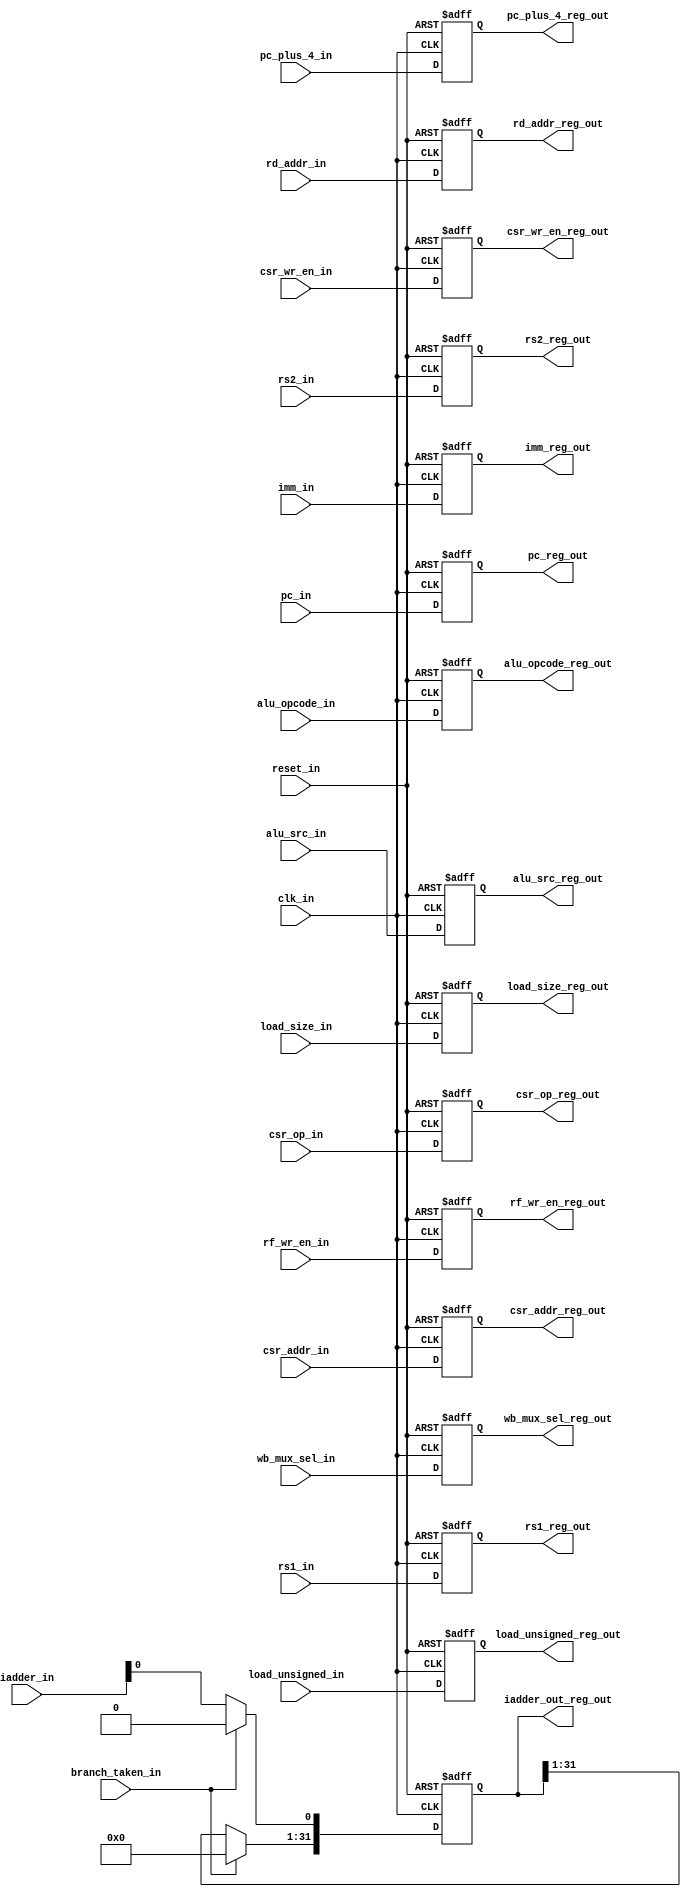

	module msrv32_reg_block2(input clk_in, reset_in, branch_taken_in, load_unsigned_in, alu_src_in, csr_wr_en_in, rf_wr_en_in,  
									 input [1:0] load_size_in,
									 input [2:0] wb_mux_sel_in, csr_op_in, 
									 input [3:0] alu_opcode_in,
									 input [4:0] rd_addr_in,
									 input [11:0] csr_addr_in,
									 input [31:0] rs1_in, rs2_in, pc_in, pc_plus_4_in, iadder_in, imm_in,
									 
									 output reg load_unsigned_reg_out, alu_src_reg_out, csr_wr_en_reg_out, rf_wr_en_reg_out, 
									 output reg [2:0] wb_mux_sel_reg_out, csr_op_reg_out,  
									 output reg [4:0] rd_addr_reg_out,
									 output reg [11:0] csr_addr_reg_out,
									 output reg [31:0] rs1_reg_out, rs2_reg_out, pc_reg_out, pc_plus_4_reg_out, iadder_out_reg_out, imm_reg_out,
									 output reg [3:0] alu_opcode_reg_out,
									 output reg [1:0] load_size_reg_out);
									 
									 
	always @(posedge clk_in or posedge reset_in)
	begin
	
		if(reset_in)
		begin
		
			load_unsigned_reg_out <= 0;
			alu_src_reg_out <= 0;
			csr_wr_en_reg_out <= 0;
			rf_wr_en_reg_out <= 0;
			wb_mux_sel_reg_out <= 0;
			csr_op_reg_out <= 0;
			rd_addr_reg_out <= 0;
			csr_addr_reg_out <= 0;
			rs1_reg_out <= 0;
			rs2_reg_out <= 0;
			pc_reg_out <= 0;
			pc_plus_4_reg_out <= 0;
			imm_reg_out <= 0;
			alu_opcode_reg_out <= 0;
			load_size_reg_out <= 0;
			iadder_out_reg_out <= 0;
		
		end
		
		else
		begin
			
			load_unsigned_reg_out <= load_unsigned_in;
			alu_src_reg_out <= alu_src_in;
			csr_wr_en_reg_out <= csr_wr_en_in;
			rf_wr_en_reg_out <= rf_wr_en_in;
			wb_mux_sel_reg_out <= wb_mux_sel_in;
			csr_op_reg_out <= csr_op_in;
			rd_addr_reg_out <= rd_addr_in;
			csr_addr_reg_out <= csr_addr_in;
			rs1_reg_out <= rs1_in;
			rs2_reg_out <= rs2_in;
			pc_reg_out <= pc_in;
			pc_plus_4_reg_out <= pc_plus_4_in;
			imm_reg_out <= imm_in;
			alu_opcode_reg_out <= alu_opcode_in;
			load_size_reg_out <= load_size_in;
		
			if(branch_taken_in)
				iadder_out_reg_out <= 0;
			else
				iadder_out_reg_out[0] <= iadder_in[0];
			
		end
	end
	
	endmodule